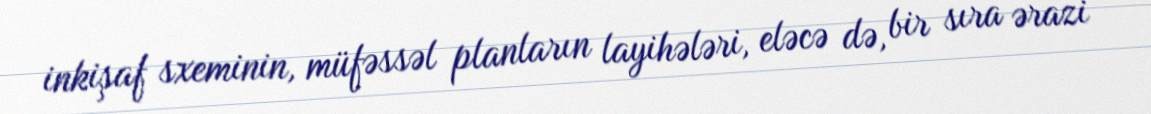
inkişaf sxeminin, müfəssəl planların layihələri, eləcə də, bir sıra ərazi